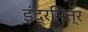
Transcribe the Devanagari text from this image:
इंद्रमित्र